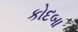
કોદબા